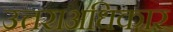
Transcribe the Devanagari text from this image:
उत्तराअधिकार